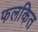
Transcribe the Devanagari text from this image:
फलकित